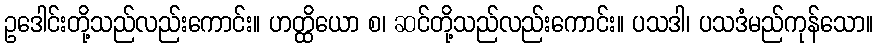
ဥဒေါင်းတို့သည်လည်းကောင်း။ ဟတ္ထိယော စ၊ ဆင်တို့သည်လည်းကောင်း။ ပသဒါ၊ ပသဒံမည်ကုန်သော။